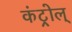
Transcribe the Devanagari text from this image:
कंट्रोल्